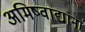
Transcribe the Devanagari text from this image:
अमिष्वाद्यानां